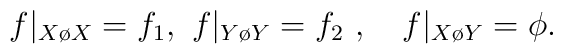
f|_{X\o X}= f_1,\ f|_{Y\o Y} = f_2\ ,\quad f|_{X\o Y}=\phi.